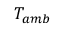
T _ { a m b }